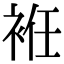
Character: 袵